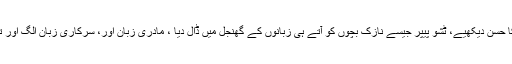
ادھر نظام تعلیم کا حسن دیکھیے، ٹشو پیپر جیسے نازک بچوں کو آتے ہی زبانوں کے گھنجل میں ڈال دیا ، مادری زبان اور، سرکاری زبان الگ اور تدریسی زبان جدا۔